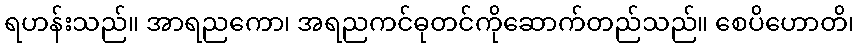
ရဟန်းသည်။ အာရညကော၊ အရညကင်ဓုတင်ကိုဆောက်တည်သည်။ စေပိဟောတိ၊